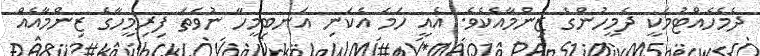
ދެމެހެއްޓުމަކީ ދެމީހުންގެ ޒިންމާއެކެވެ. އެއީ ހަމަ އެކަނި އަނބިމީހާ ނުވަތަ ފިރިމީހާގެ ޒިންމާއެއް